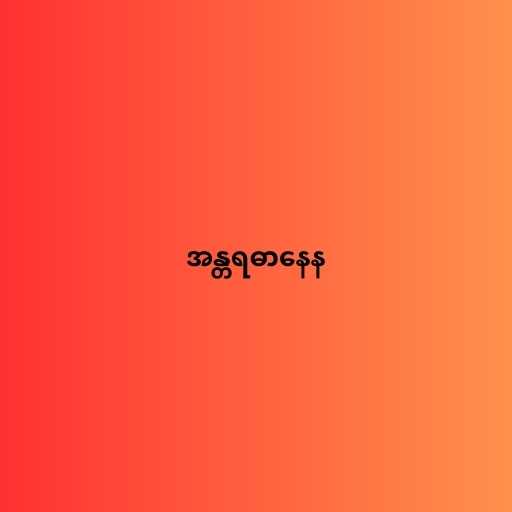
အန္တရဓာနေန